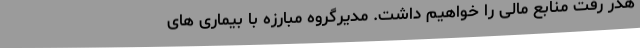
هدر رفت منابع مالی را خواهیم داشت. مدیرگروه مبارزه با بیماری های